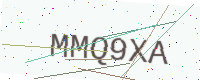
Text: MMQ9XA